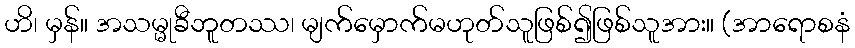
ဟိ၊ မှန်။ အသမ္မုခီဘူတဿ၊ မျက်မှောက်မဟုတ်သူဖြစ်၍ဖြစ်သူအား။ (အာရောစနံ